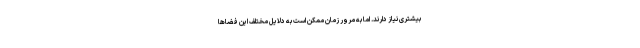
بیشتری نیاز دارند. اما به مرور زمان ممکن است به دلایل مختلف این فضاها